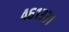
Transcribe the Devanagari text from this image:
४६१३३१